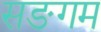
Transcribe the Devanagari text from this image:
सङगम